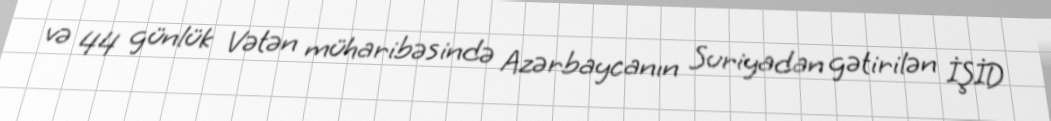
və 44 günlük Vətən müharibəsində Azərbaycanın Suriyadan gətirilən İŞİD